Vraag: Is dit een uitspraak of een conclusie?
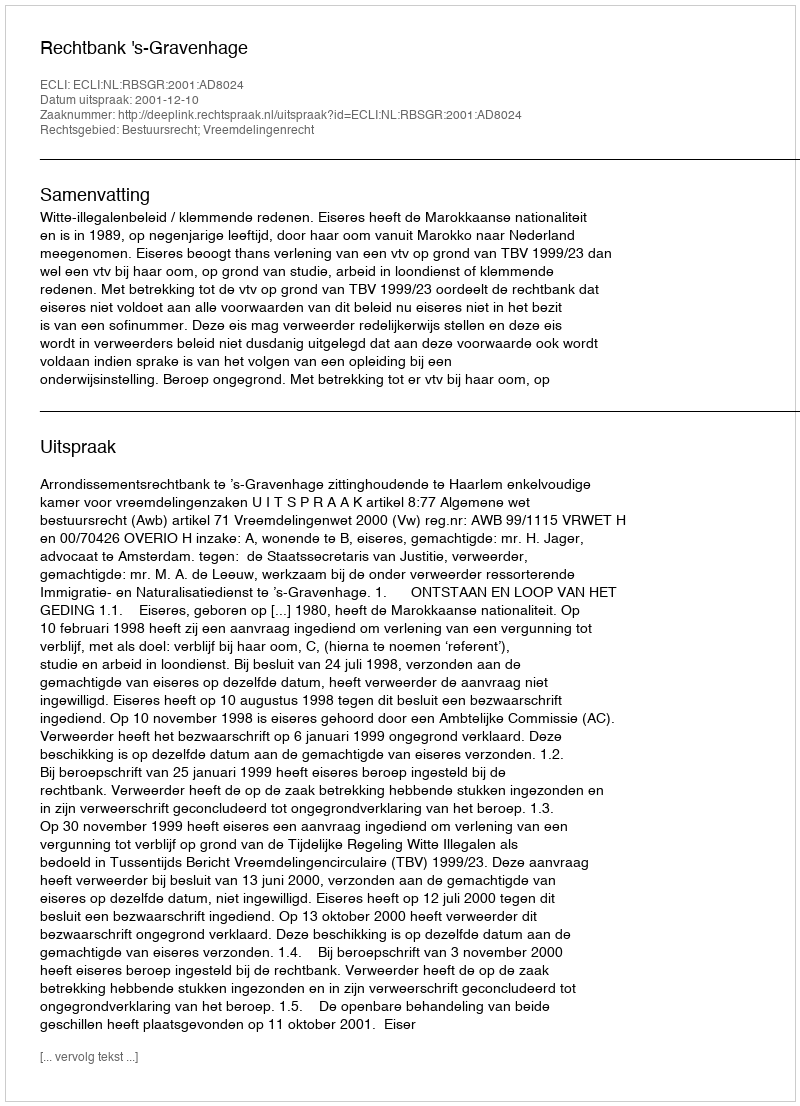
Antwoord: Uitspraak